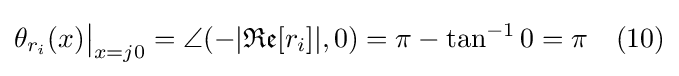
\theta _{r_{i}}(x){\big |}_{x=j0}=\angle (-|{\mathfrak {Re}}[r_{i}]|,0)=\pi -\tan ^{-1}0=\pi \quad (10)